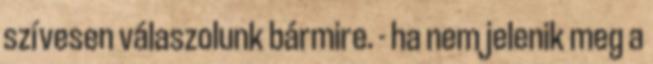
szívesen válaszolunk bármire. - ha nem jelenik meg a